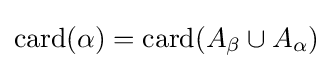
{\textrm {card}}(\alpha )=\mathrm {card} (A_{\beta }\cup A_{\alpha })